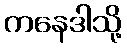
ကနေဒါသို့